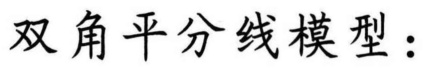
双角平分线模型：